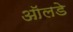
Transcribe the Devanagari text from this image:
ऑलडे